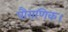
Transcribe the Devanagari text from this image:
पौराणिक।